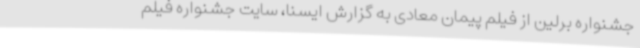
جشنواره برلین از فیلم پیمان معادی به گزارش ایسنا، سایت جشنواره فیلم